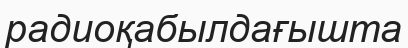
радиоқабылдағышта